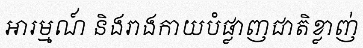
អារម្មណ៍ និងរាងកាយបំផ្លាញជាតិខ្លាញ់